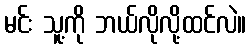
မင်း သူ့ကို ဘယ်လိုလို့ထင်လဲ။